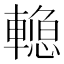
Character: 𰹣